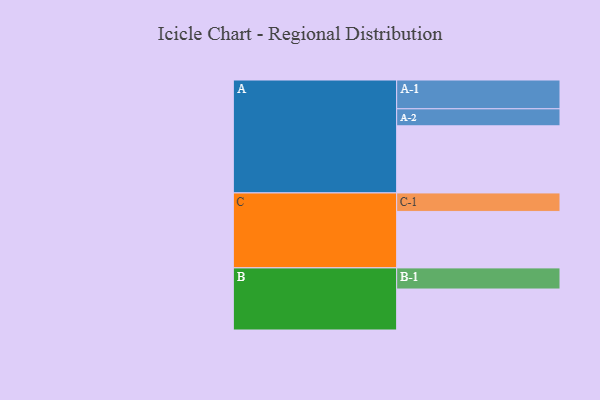
{"axis": {"x": "Segment", "y": "Value"}, "legend": ["", "A", "B", "C"], "data": [{"x": "A", "y": 585, "type": ""}, {"x": "B", "y": 357, "type": ""}, {"x": "C", "y": 492, "type": ""}, {"x": "A-1", "y": 251, "type": "A"}, {"x": "A-2", "y": 148, "type": "A"}, {"x": "B-1", "y": 184, "type": "B"}, {"x": "C-1", "y": 161, "type": "C"}]}